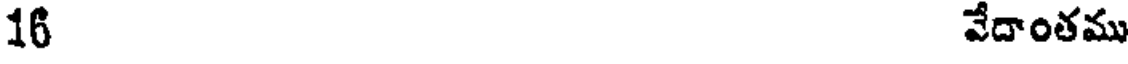
16 వేదాంతము